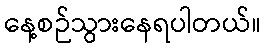
နေ့စဉ်သွားနေရပါတယ်။